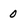
Character: 0